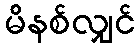
မိနစ်လျှင်